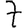
Digit: 7